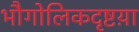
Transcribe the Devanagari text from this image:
भौगोलिकदृष्टय़ा